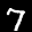
Label: 7